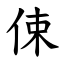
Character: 㑛